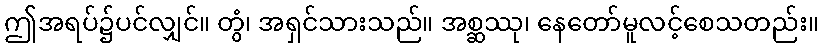
ဤအရပ်၌ပင်လျှင်။ တွံ၊ အရှင်သားသည်။ အစ္ဆဿု၊ နေတော်မူလင့်စေသတည်း။